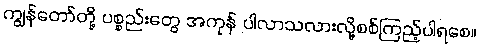
ကျွန်တော်တို့ ပစ္စည်းတွေ အကုန် ပါလာသလားလို့စစ်ကြည့်ပါရစေ။